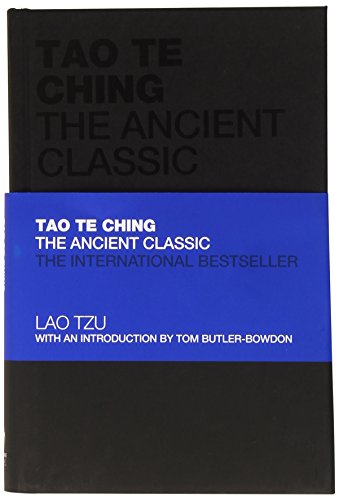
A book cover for Tao Te Ching: The Ancient Classic; Lao Tzu; Religion & Spirituality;